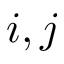
i , j